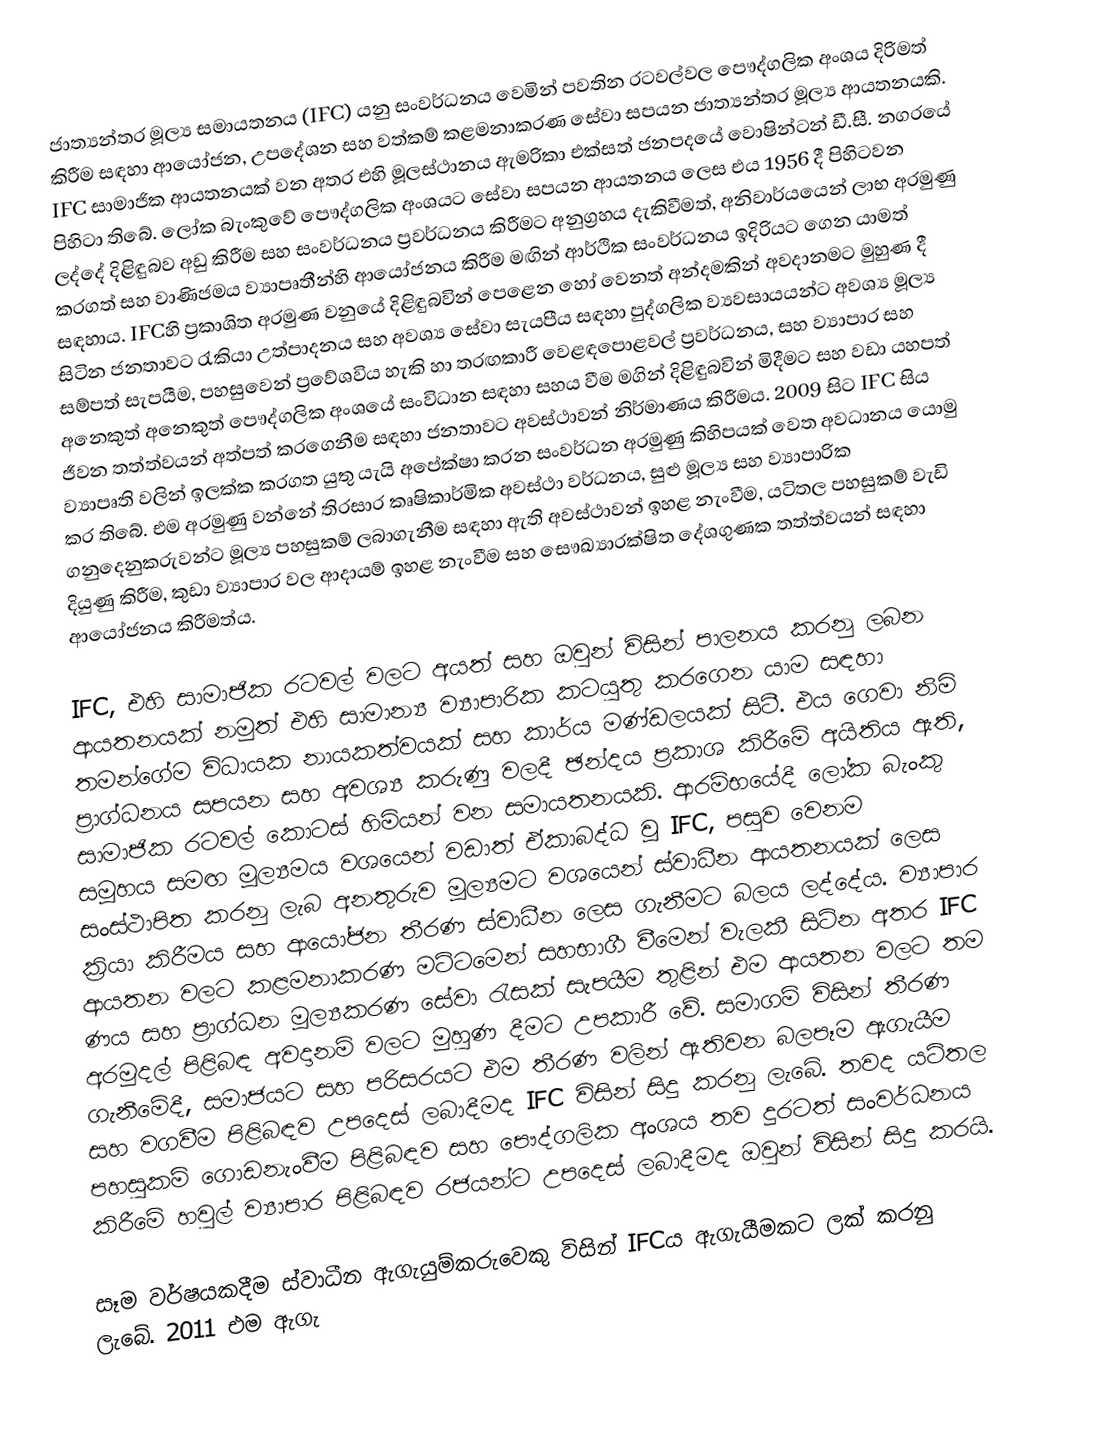
ජාත්‍යන්තර මූල්‍ය සමායතනය (IFC) යනු  සංවර්ධනය වෙමින් පවතින රටවල්වල පෞද්ගලික අංශය දිරිමත් කිරීම සඳහා ආයෝජන, උපදේශන සහ වත්කම් කළමනාකරණ සේවා සපයන ජාත්‍යන්තර මූල්‍ය ආයතනයකි. IFC   සාමාජික ආයතනයක් වන අතර එහි මූලස්ථානය ඇමරිකා එක්සත් ජනපදයේ වොෂින්ටන් ඩී.සී. නගරයේ පිහිටා තිබේ. ලෝක බැංකුවේ පෞද්ගලික අංශයට සේවා සපයන ආයතනය ලෙස එය 1956 දී පිහිටවන ලද්දේ දිළිඳුබව අඩු කිරීම සහ සංවර්ධනය ප්‍රවර්ධනය කිරීමට අනුග්‍රහය දැකිවීමත්, අනිවාර්යයෙන් ලාභ අරමුණු කරගත් සහ වාණිජමය ව්‍යාපෘතීන්හි ආයෝජනය කිරීම මඟින් ආර්ථික සංවර්ධනය ඉදිරියට ගෙන යාමත් සඳහාය.   IFCහි ප්‍රකාශිත අරමුණ වනුයේ දිළිඳුබවින් පෙළෙන හෝ වෙනත් අන්දමකින් අවදානමට මුහුණ දී සිටින ජනතාවට ‍රැකියා උත්පාදනය සහ අවශ්‍ය සේවා සැයපීය සඳහා පුද්ගලික ව්‍යවසායයන්ට අවශ්‍ය මූල්‍ය සම්පත් සැපයීම, පහසුවෙන් ප්‍රවේශවිය හැකි හා තරඟකාරී වෙළඳපොළවල් ප්‍රවර්ධනය, සහ ව්‍යාපාර සහ අනෙකුත් අනෙකුත් පෞද්ගලික අංශයේ සංවිධාන සඳහා සහය වීම මගින් දිළිඳුබවින් මිදීමට සහ වඩා යහපත් ජීවන තත්ත්වයන් අත්පත් කරගෙනීම සඳහා ජනතාවට අවස්ථාවන් නිර්මාණය කිරීමය.  2009 සිට IFC සිය ව්‍යාපෘති වලින් ඉලක්ක කරගත යුතු යැයි අපේක්ෂා කරන සංවර්ධන අරමුණු කිහිපයක් වෙත අවධානය යොමු කර තිබේ. එම අරමුණු වන්නේ තිරසාර කෘෂිකාර්මික අවස්ථා වර්ධනය, සුළු මූල්‍ය සහ ව්‍යාපාරික ගනුදෙනුකරුවන්ට මූල්‍ය පහසුකම් ලබාගැනීම සඳහා ඇති අවස්ථාවන් ඉහළ නැංවීම, යටිතල පහසුකම් වැඩි දියුණු කිරීම, කුඩා ව්‍යාපාර වල ආදායම් ඉහළ නැංවීම සහ සෞඛ්‍යාරක්ෂිත දේශගුණක තත්ත්වයන් සඳහා ආයෝජනය කිරීමත්ය.

IFC, එහි සාමාජික රටවල් වලට අයත් සහ ඔවුන් විසින් පාලනය කරනු ලබන ආයතනයක් නමුත් එහි සාමාන්‍ය ව්‍යාපාරික කටයුතු කරගෙන යාම සඳහා තමන්ගේම විධායක නායකත්වයක් සහ කාර්ය මණ්ඩලයක් සිටී. එය ගෙවා නිමි ප්‍රාග්ධනය සපයන සහ අවශ්‍ය කරුණු වලදී ඡන්දය ප්‍රකාශ කිරීමේ අයිතිය ඇති, සාමාජික රටවල් කොටස් හිමියන් වන සමායතනයකි. ආරම්භයේදී ලෝක බැංකු සමූහය සමඟ මූල්‍යමය වශයෙන් වඩාත් ඒකාබද්ධ වූ IFC, පසුව වෙනම සංස්ථාපිත කරනු ලැබ අනතුරුව මූල්‍යමට වශයෙන් ස්වාධීන ආයතනයක් ලෙස ක්‍රියා කිරීමය සහ ආයෝජන තීරණ ස්වාධීන ලෙස ගැනීමට බලය ලද්දේය. ව්‍යාපාර ආයතන වලට කළමනාකරණ මට්ටමෙන් සහභාගී වීමෙන් වැලකී සිටින අතර IFC ණය සහ ප්‍රාග්ධන මූල්‍යකරණ සේවා ‍රැසක් සැපයීම තුළින් එම ආයතන වලට තම අරමුදල් පිළිබඳ අවදානම් වලට මුහුණ දීමට උපකාරී වේ. සමාගම් විසින් තීරණ ගැනීමේදී, සමාජයට සහ පරිසරයට එම තීරණ වලින් ඇතිවන බලපෑම ඇගැයීම සහ වගවීම පිළිබඳව උපදෙස් ලබාදීමද IFC විසින් සිදු කරනු ලැබේ. තවද යටිතල පහසුකම් ගොඩනැංවීම පිළිබඳව සහ පෞද්ගලික අංශය තව දුරටත් සංවර්ධනය කිරීමේ හවුල් ව්‍යාපාර පිළිබඳව රජයන්ට උපදෙස් ලබාදීමද  ඔවුන් විසින් සිදු කරයි.

සෑම වර්ෂයකදීම ස්වාධීන ඇගැයුම්කරුවෙකු විසින් IFCය ඇගැයීමකට ලක් කරනු ලැබේ. 2011 එම ඇගැ